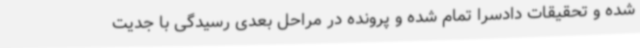
شده و تحقیقات دادسرا تمام شده و پرونده در مراحل بعدی رسیدگی با جدیت